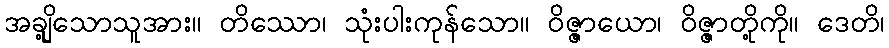
အချို့သောသူအား။ တိဿော၊ သုံးပါးကုန်သော။ ဝိဇ္ဇာယော၊ ဝိဇ္ဇာတို့ကို။ ဒေတိ၊